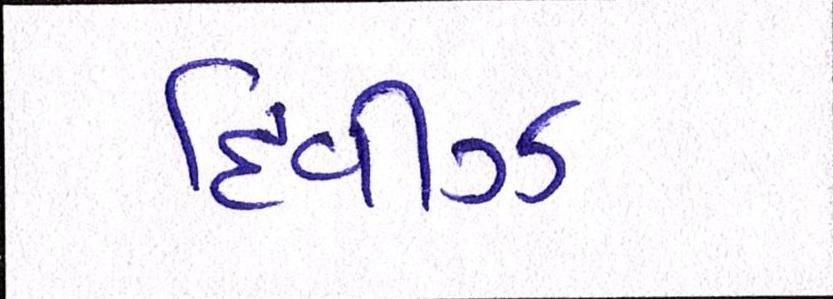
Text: દિવીઝ